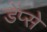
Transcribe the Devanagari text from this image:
डेंप्से